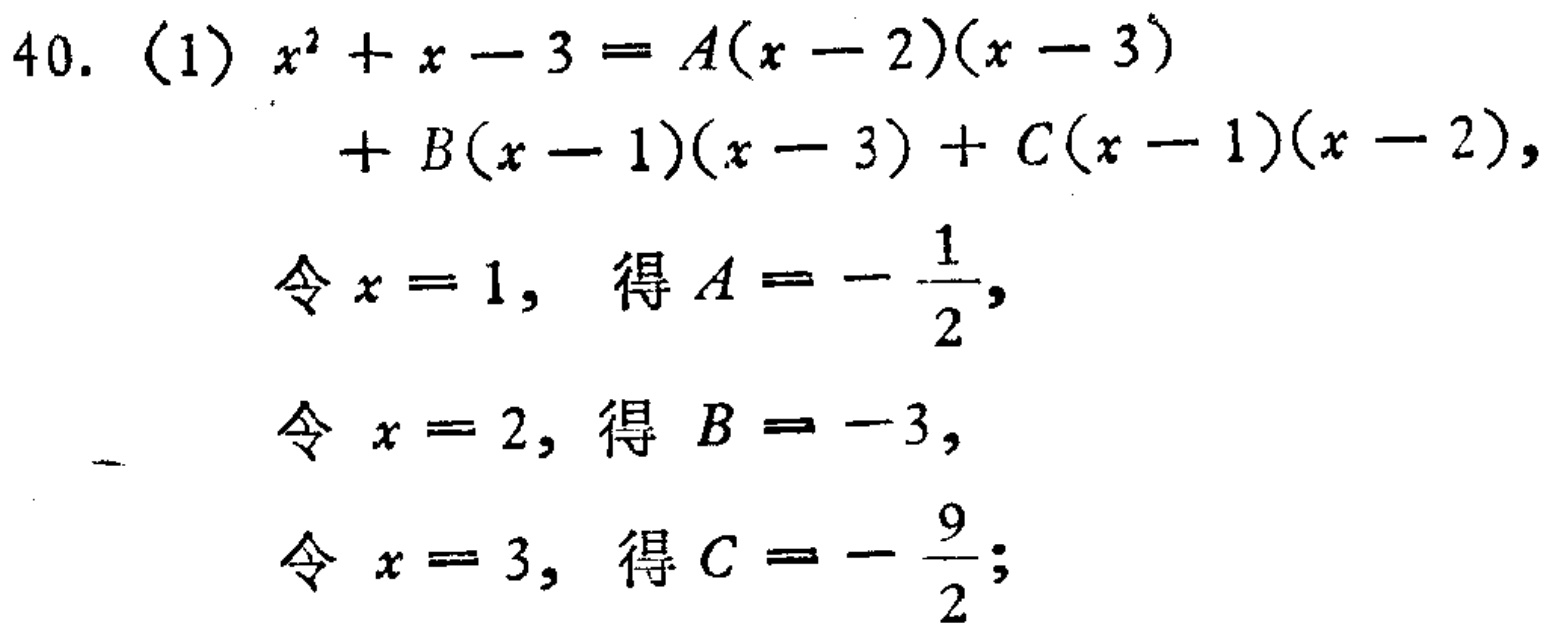
\begin{align*}

40.\ (1)\ &x^{2}+x - 3=A(x - 2)(x - 3)\\

&+B(x - 1)(x - 3)+C(x - 1)(x - 2),\\

&\text{令 }x = 1,\ \text{得 }A=-\frac{1}{2},\\

&\text{令 }x = 2,\ \text{得 }B=-3,\\

&\text{令 }x = 3,\ \text{得 }C=-\frac{9}{2};

\end{align*}